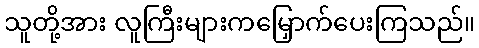
သူတို့အား လူကြီးများကမြှောက်ပေးကြသည်။